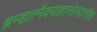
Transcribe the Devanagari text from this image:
ब्रम्हात्मैक्यज्ञानोत्पात्तीत